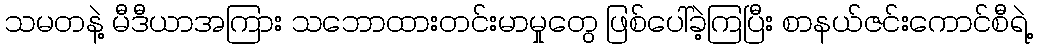
သမတနဲ့ မီဒီယာအကြား သဘောထားတင်းမာမှုတွေ ဖြစ်ပေါ်ခဲ့ကြပြီး စာနယ်ဇင်းကောင်စီရဲ့